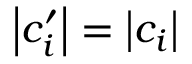
\left| { c _ { i } ^ { \prime } } \right| = \left| { c _ { i } } \right|